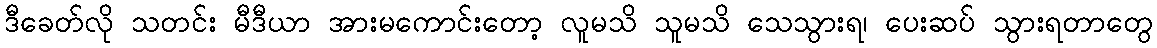
ဒီခေတ်လို သတင်း မီဒီယာ အားမကောင်းတော့ လူမသိ သူမသိ သေသွားရ၊ ပေးဆပ် သွားရတာတွေ